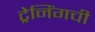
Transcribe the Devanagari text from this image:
ट्रेनिंगची